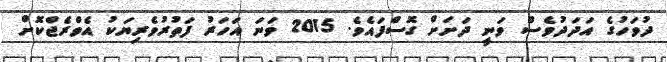
ދުވަހުގެ އަދަދުވެސް ވަނީ ދަށަށް ގޮސްފައެވެ. 2015 ވަނަ އަހަރު ފަތުރުވެރިޔަކު އެވްރެޖްކޮށް